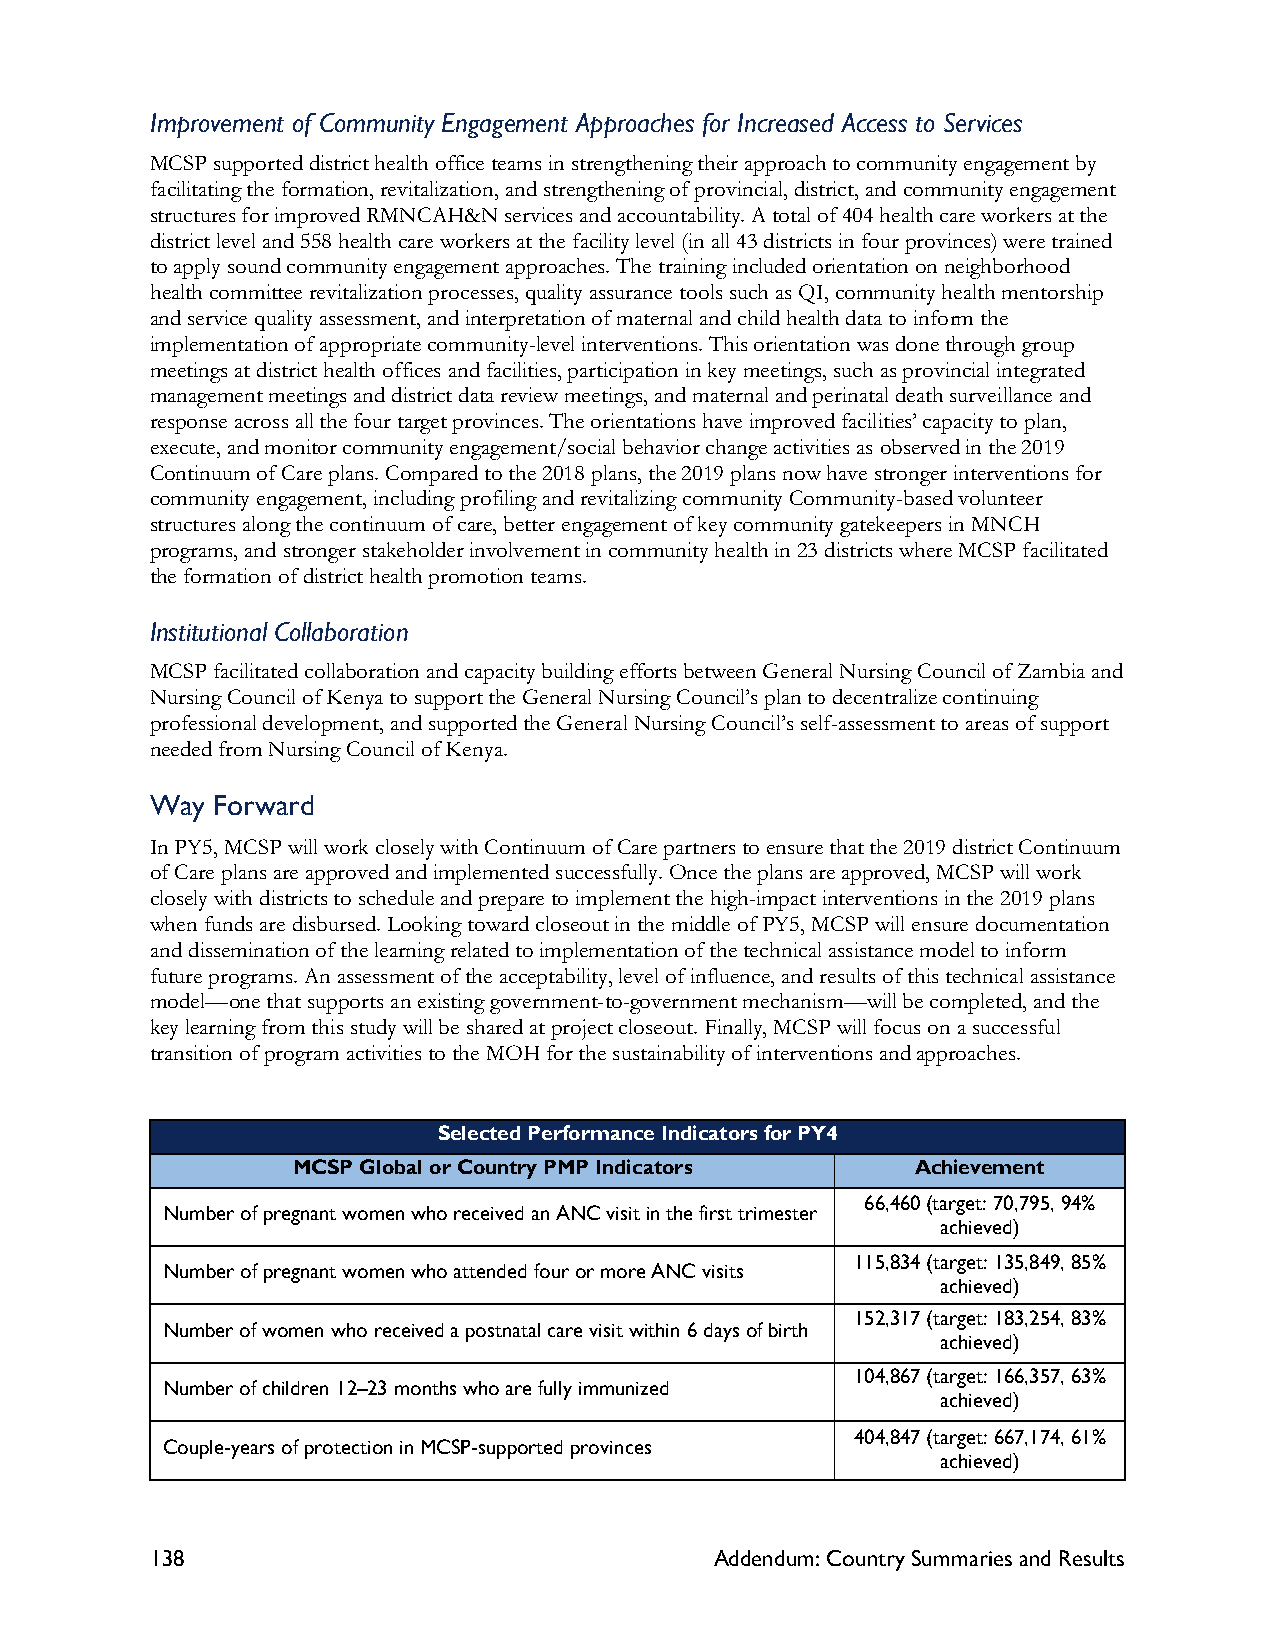
Improvement of Community Engagement Approaches for Increased Access to Services
 MCSP supported district health office teams in strengthening their approach to community engagement by
 facilitating the formation, revitalization, and strengthening of provincial, district, and community engagement
 structures for improved RMNCAH&N services and accountability. A total of 404 health care workers at the
 district level and 558 health care workers at the facility level (in all 43 districts in four provinces) were trained
 to apply sound community engagement approaches. The training included orientation on neighborhood
 health committee revitalization processes, quality assurance tools such as QI, community health mentorship
 and service quality assessment, and interpretation of maternal and child health data to inform the
 implementation of appropriate community-level interventions. This orientation was done through group
 meetings at district health offices and facilities, participation in key meetings, such as provincial integrated
 management meetings and district data review meetings, and maternal and perinatal death surveillance and
 response across all the four target provinces. The orientations have improved facilities’ capacity to plan,
 execute, and monitor community engagement/social behavior change activities as observed in the 2019
 Continuum of Care plans. Compared to the 2018 plans, the 2019 plans now have stronger interventions for
 community engagement, including profiling and revitalizing community Community-based volunteer
 structures along the continuum of care, better engagement of key community gatekeepers in MNCH
 programs, and stronger stakeholder involvement in community health in 23 districts where MCSP facilitated
 the formation of district health promotion teams.
 Institutional Collaboration
 MCSP facilitated collaboration and capacity building efforts between General Nursing Council of Zambia and
 Nursing Council of Kenya to support the General Nursing Council’s plan to decentralize continuing
 professional development, and supported the General Nursing Council’s self-assessment to areas of support
 needed from Nursing Council of Kenya.
 Way Forward
 In PY5, MCSP will work closely with Continuum of Care partners to ensure that the 2019 district Continuum
 of Care plans are approved and implemented successfully. Once the plans are approved, MCSP will work
 closely with districts to schedule and prepare to implement the high-impact interventions in the 2019 plans
 when funds are disbursed. Looking toward closeout in the middle of PY5, MCSP will ensure documentation
 and dissemination of the learning related to implementation of the technical assistance model to inform
 future programs. An assessment of the acceptability, level of influence, and results of this technical assistance
 model—one that supports an existing government-to-government mechanism—will be completed, and the
 key learning from this study will be shared at project closeout. Finally, MCSP will focus on a successful
 transition of program activities to the MOH for the sustainability of interventions and approaches.
 Selected Performance Indicators for PY4
 MCSP Global or Country PMP Indicators     Achievement
 66,460 (target: 70,795, 94%
 Number of pregnant women who received an ANC visit in the first trimester
 achieved)
 115,834 (target: 135,849, 85%
 Number of pregnant women who attended four or more ANC visits
 achieved)
 152,317 (target: 183,254, 83%
 Number of women who received a postnatal care visit within 6 days of birth
 achieved)
 104,867 (target: 166,357, 63%
 Number of children 12–23 months who are fully immunized
 achieved)
 404,847 (target: 667,174, 61%
 Couple-years of protection in MCSP-supported provinces
 achieved)
 138                                  Addendum: Country Summaries and Results